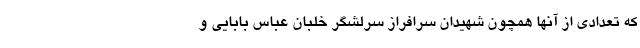
كه تعدادي از آنها همچون شهيدان سرافراز سرلشگر خلبان عباس بابايي و